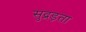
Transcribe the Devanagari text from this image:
सुद्रड़ता